system: You are a helpful assistant.
user:
Analyze the provided spectrum to determine if it is a **Carbon Star (C-type)**.

- **Key Visual Indicators of Carbon Star:**
    - **(Primary):** Strong molecular absorption from **C₂ (diatomic carbon) "Swan Bands."** This is the **defining feature** of a carbon star.
        - **(Key Bandheads):** Sharp absorption edges are visible at approximately $5635$ Å, $5165$ Å (the strongest band), and $4737$ Å.
        - **(Line Profile):** Creates a distinct **"saw-tooth"** pattern. The key morphology is a sharp, steep bandhead on the **red (long-wavelength) side**, which then gradually tapers off (i.e., flux recovers) towards the **blue (short-wavelength) side**. *(This is the direct opposite of the TiO bands seen in M-type stars)*.

    - **(Secondary):** Intense **CN (cyanogen)** molecular absorption bands.
        - **(Key Bandheads):** Located in the blue and violet regions of the spectrum (e.g., near $4215$ Å and $3883$ Å).
        - **(Morphology):** These bands are extremely broad and act as a "blanket," absorbing the vast majority of blue and violet light. This creates a characteristic **"cliff"** or **"steep drop-off"** in the spectrum's flux at short wavelengths.

    - **(Key Confirmation):** Strong **CH absorption band (G-band)**.
        - **(Key Bandhead):** Located around $4300$ Å. The contribution from CH molecules to this band is exceptionally strong.

    - **(Overall Spectrum):**
        - The continuum is severely "chopped up" by these deep molecular bands, especially C₂, rather than appearing as a smooth curve.
        - Due to the heavy CN and C₂ absorption in the blue-green, the vast majority of the star's flux is concentrated in the red part of the spectrum, giving the star its characteristic deep red color.

Think first, call **spectral_visualization_tool** if needed to examine features in detail, then provide your final answer. Your response must adhere to the following strict rules:
1.  **Overall Structure:** Your response must follow the format `<think>...</think> <tool_call>...</tool_call> (if a tool is used) <answer>...</answer>`.
2.  **Tool Usage Constraint:** You may only make **one** tool call per turn.
3.  **Final Answer Format:** In the `<answer>` tag, your conclusion must be inside a `\boxed{}` command (e.g., `\boxed{YES}`), followed by your justification.

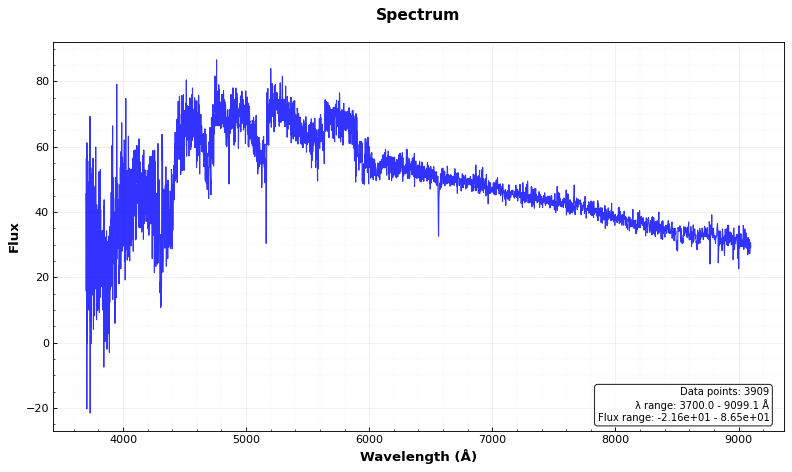
Answer: YES